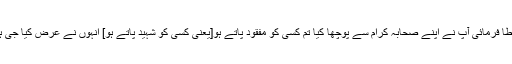
اللہ تعالیٰ نے آپ کو فتح عطا فرمائی آپ نے اپنے صحابہ کرام سے پوچھا کیا تم کسی کو مفقود پاتے ہو[یعنی کسی کو شہید پاتے ہو] انہوں نے عرض کیا جی ہاں فلاں فلاں اور فلاں کو ۔